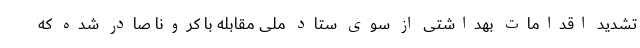
تشدید اقدامات بهداشتی از سوی ستاد ملی مقابله با کرونا صادر شده که